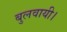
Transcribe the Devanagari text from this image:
बुलवायी।